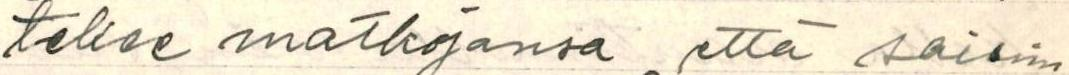
tekee matkojansa että saisim